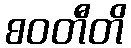
စဝတီတိ